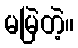
မမြဲတဲ့။